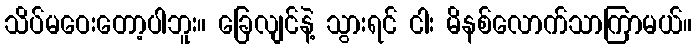
သိပ်မဝေးတော့ပါဘူး။ ခြေလျင်နဲ့ သွားရင် ငါး မိနစ်လောက်သာကြာမယ်။